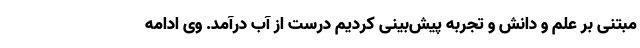
مبتنی بر علم و دانش و تجربه پیش‌بینی کردیم درست از آب درآمد. وی ادامه